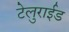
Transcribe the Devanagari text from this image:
टेलुराईड